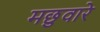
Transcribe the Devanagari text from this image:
मछुवारे